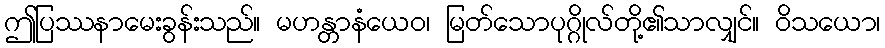
ဤပြဿနာမေးခွန်းသည်။ မဟန္တာနံယေဝ၊ မြတ်သောပုဂ္ဂိုလ်တို့၏သာလျှင်။ ဝိသယော၊